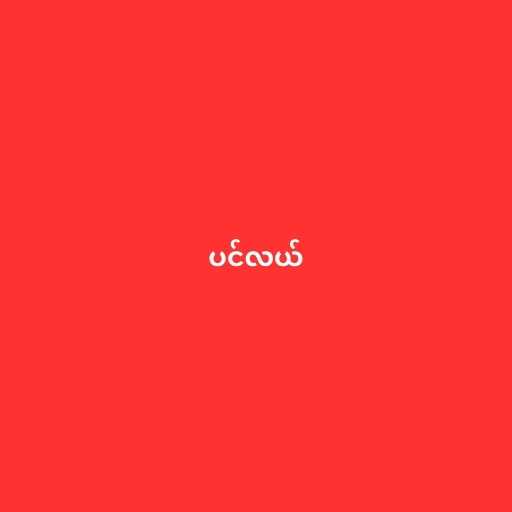
ပင်လယ်